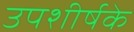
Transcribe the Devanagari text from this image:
उपशीर्षके